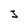
Character: J